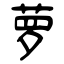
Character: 萝